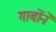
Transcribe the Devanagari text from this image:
गार्बोने